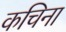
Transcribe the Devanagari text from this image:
कचिना